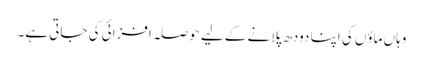
وہاں ماؤں کی اپنا دودھ پلانے کے لیے حوصلہ افزائی کی جاتی ہے۔